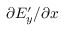
\partial E _ { y } ^ { \prime } / \partial x